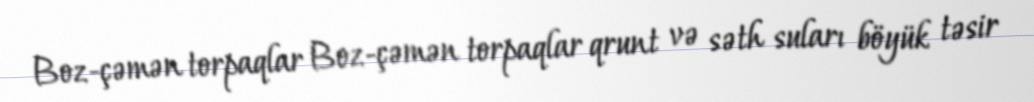
Boz-çəmən torpaqlar Boz-çəmən torpaqlar qrunt və səth suları böyük təsir